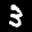
Label: 3